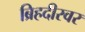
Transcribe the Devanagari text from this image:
ब्रिहदीस्वर